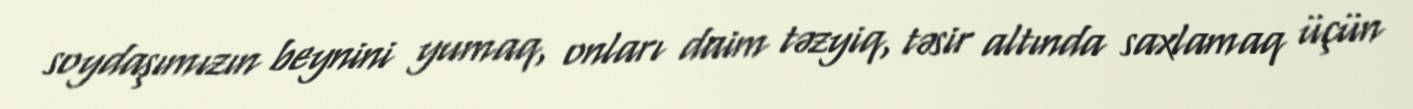
soydaşımızın beynini yumaq, onları daim təzyiq, təsir altında saxlamaq üçün